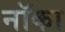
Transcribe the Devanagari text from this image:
नॉका